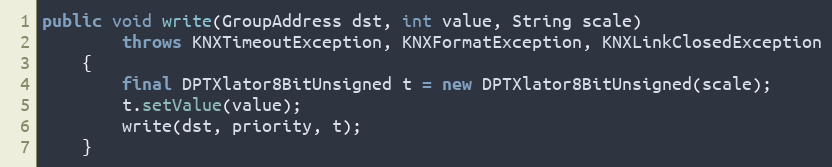
Language: Java
public void write(GroupAddress dst, int value, String scale)
		throws KNXTimeoutException, KNXFormatException, KNXLinkClosedException
	{
		final DPTXlator8BitUnsigned t = new DPTXlator8BitUnsigned(scale);
		t.setValue(value);
		write(dst, priority, t);
	}